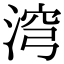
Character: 𣶆